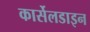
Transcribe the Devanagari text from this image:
कार्सेलडाइन